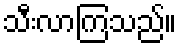
သီးလာကြသည်။